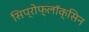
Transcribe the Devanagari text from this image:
सिप्रोफ्लॉक्सिन